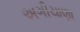
અગીચાણા